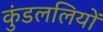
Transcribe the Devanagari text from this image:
कुंडललियों